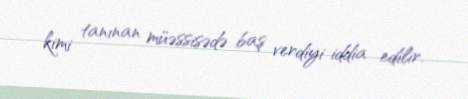
kimi tanınan müəssisədə baş verdiyi iddia edilir.